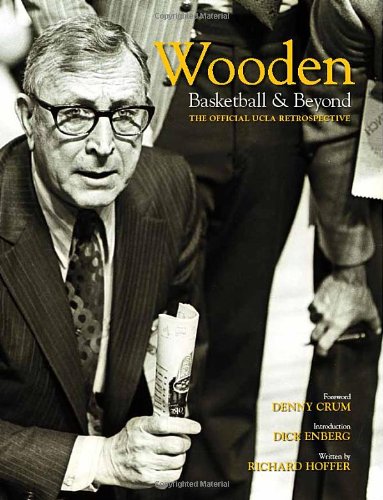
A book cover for Wooden: Basketball & Beyond; Sports & Outdoors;